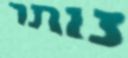
נותר